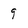
Character: 9